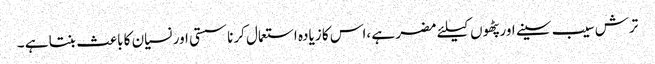
ترش سیب سینے اور پٹھوں کیلئے مضر ہے ،اس کا زیادہ استعمال کرنا سستی اور نسیان کا باعث بنتا ہے ۔